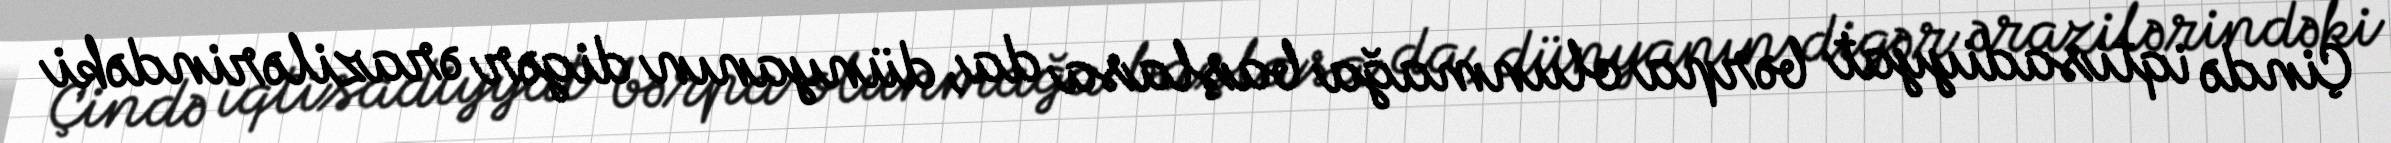
Çində iqtisadiyyat bərpa olunmağa başlasa da, dünyanın digər ərazilərindəki